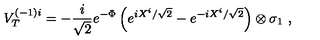
V _ { T } ^ { ( - 1 ) i } = - \frac { i } { \sqrt { 2 } } e ^ { - \Phi } \left( e ^ { i X ^ { i } / \sqrt { 2 } } - e ^ { - i X ^ { i } / \sqrt { 2 } } \right) \otimes \sigma _ { 1 } \ ,